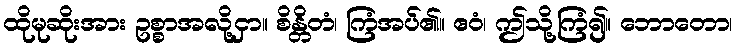
ထိုမုဆိုးအား ဥစ္စာအလို့ငှာ။ စိန္တိတံ၊ ကြံအပ်၏။ ဧဝံ၊ ဤသို့ကြံ၍။ ဘောတော၊